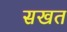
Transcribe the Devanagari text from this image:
सखत